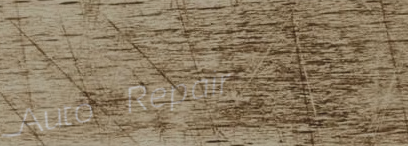
Auto Repair